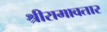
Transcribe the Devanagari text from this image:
श्रीरामावतार